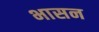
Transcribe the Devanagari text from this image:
भासन